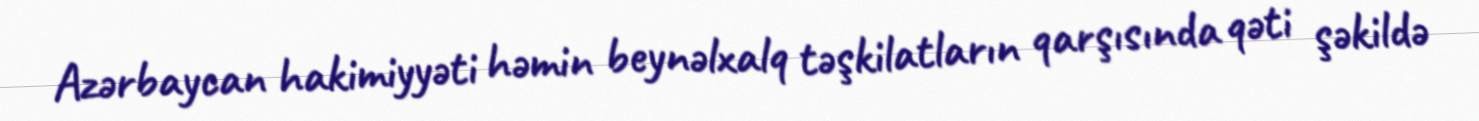
Azərbaycan hakimiyyəti həmin beynəlxalq təşkilatların qarşısında qəti şəkildə